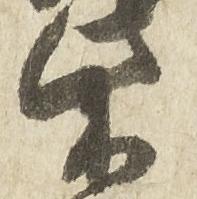
柴